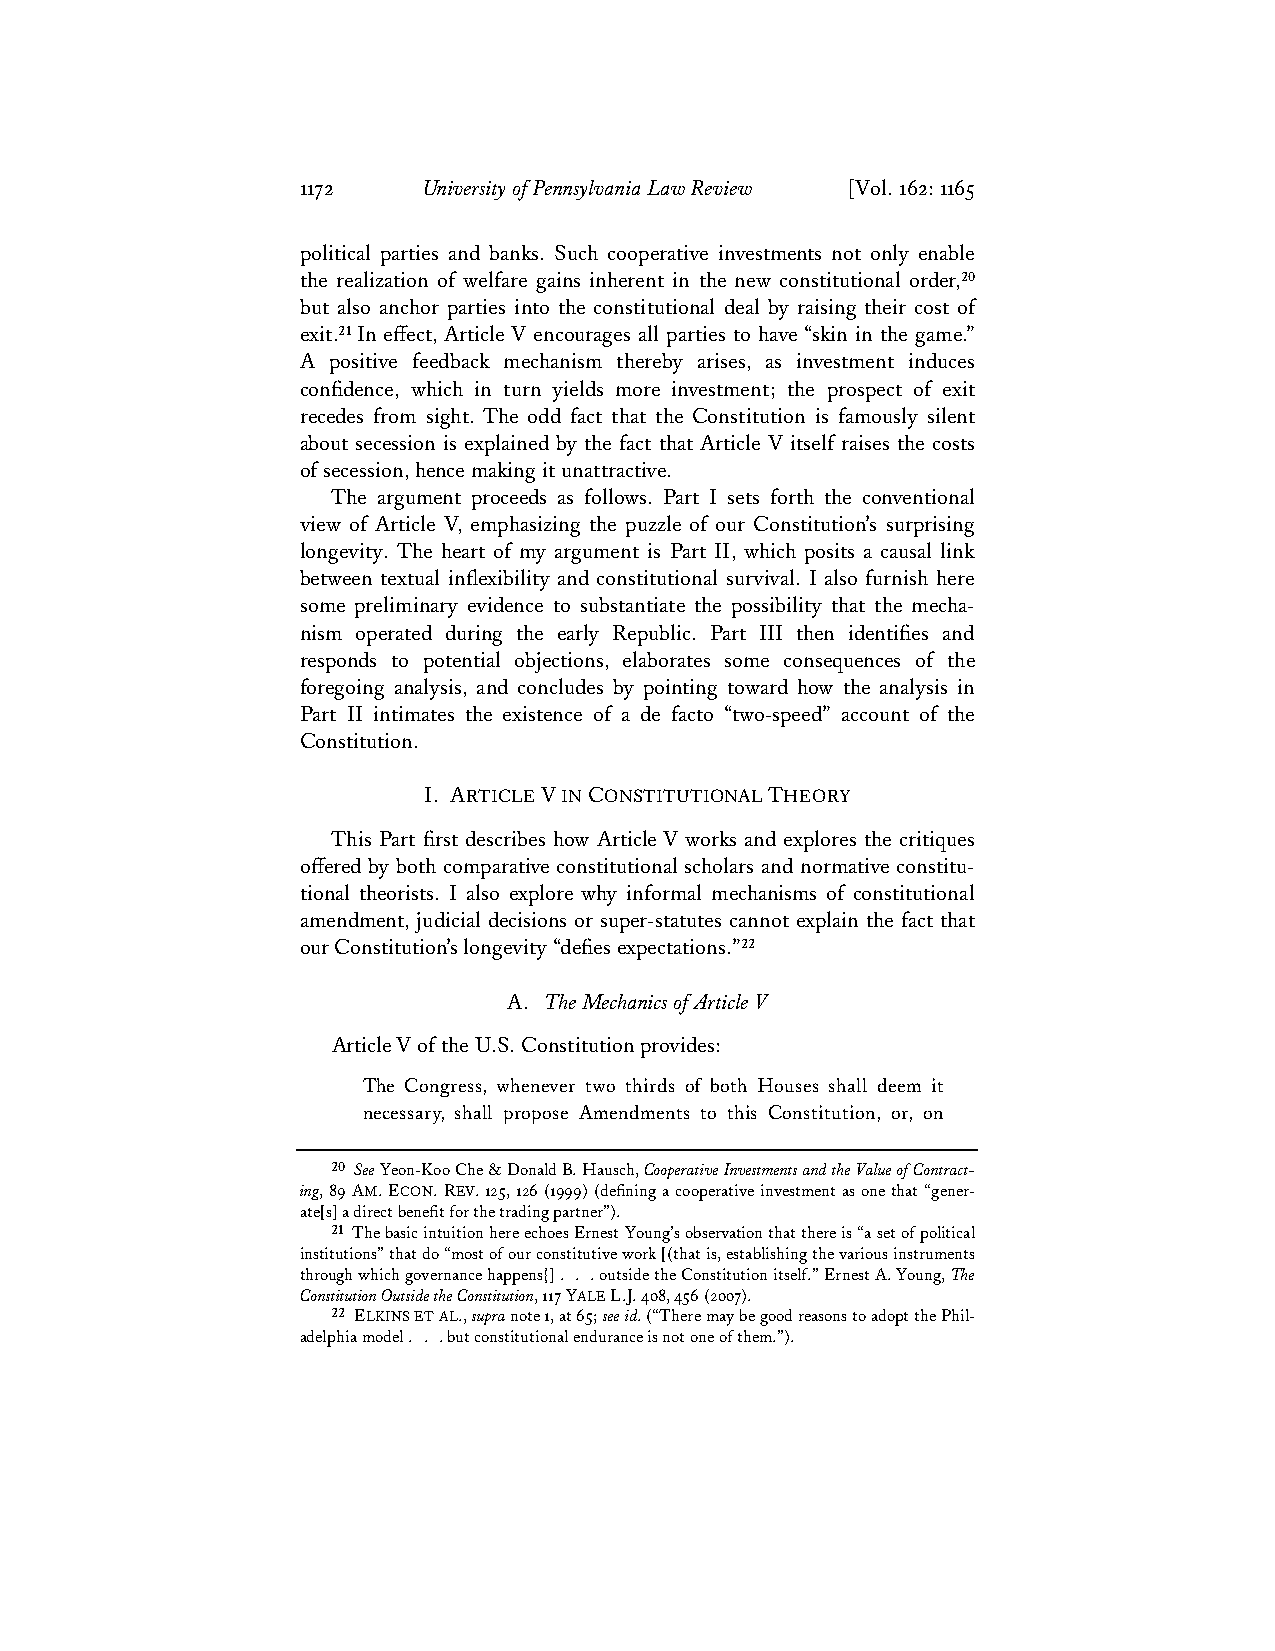
1172    University of Pennsylvania Law Review [Vol. 162: 1165
 political parties and banks. Such cooperative investments not only enable
 the realization of welfare gains inherent in the new constitutional order,20
 but also anchor parties into the constitutional deal by raising their cost of
 exit.21 In effect, Article V encourages all parties to have “skin in the game.”
 A positive feedback mechanism thereby arises, as investment induces
 confidence, which in turn yields more investment; the prospect of exit
 recedes from sight. The odd fact that the Constitution is famously silent
 about secession is explained by the fact that Article V itself raises the costs
 of secession, hence making it unattractive.
 The argument proceeds as follows. Part I sets forth the conventional
 view of Article V, emphasizing the puzzle of our Constitution’s surprising
 longevity. The heart of my argument is Part II, which posits a causal link
 between textual inflexibility and constitutional survival. I also furnish here
 some preliminary evidence to substantiate the possibility that the mecha-
 nism operated during the early Republic. Part III then identifies and
 responds to potential objections, elaborates some consequences of the
 foregoing analysis, and concludes by pointing toward how the analysis in
 Part II intimates the existence of a de facto “two-speed” account of the
 Constitution.
 I. ARTICLE V IN CONSTITUTIONAL THEORY
 This Part first describes how Article V works and explores the critiques
 offered by both comparative constitutional scholars and normative constitu-
 tional theorists. I also explore why informal mechanisms of constitutional
 amendment, judicial decisions or super-statutes cannot explain the fact that
 our Constitution’s longevity “defies expectations.”22
 A. The Mechanics of Article V
 Article V of the U.S. Constitution provides:
 The Congress, whenever two thirds of both Houses shall deem it
 necessary, shall propose Amendments to this Constitution, or, on
 20 See Yeon-Koo Che & Donald B. Hausch, Cooperative Investments and the Value of Contract-
 ing, 89 AM. ECON. REV. 125, 126 (1999) (defining a cooperative investment as one that “gener-
 ate[s] a direct benefit for the trading partner”).
 21 The basic intuition here echoes Ernest Young’s observation that there is “a set of political
 institutions” that do “most of our constitutive work [(that is, establishing the various instruments
 through which governance happens}] . . . outside the Constitution itself.” Ernest A. Young, The
 Constitution Outside the Constitution, 117 YALE L.J. 408, 456 (2007).
 22 ELKINS ET AL., supra note 1, at 65; see id. (“There may be good reasons to adopt the Phil-
 adelphia model . . . but constitutional endurance is not one of them.”).